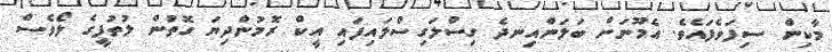
މާކިން ސިފަވެފައެވެ. އެމޫނަށް ބަލަންއިނދެ ގިސްލަގިސްލައިފައި އީކް ރޮމުންދިޔަ ގޮތުން ލުތުފީގެ ލޯވެސް